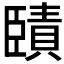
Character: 𦣱